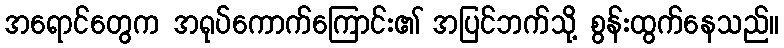
အရောင်တွေက အရုပ်ကောက်ကြောင်း၏ အပြင်ဘက်သို့ စွန်းထွက်နေသည်။